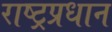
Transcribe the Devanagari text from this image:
राष्ट्रप्रधान